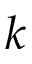
k